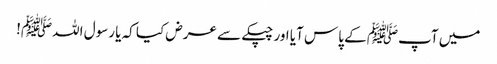
میں آپﷺ کے پاس آیا اور چپکے سے عرض کیا کہ یا رسول اللہﷺ!